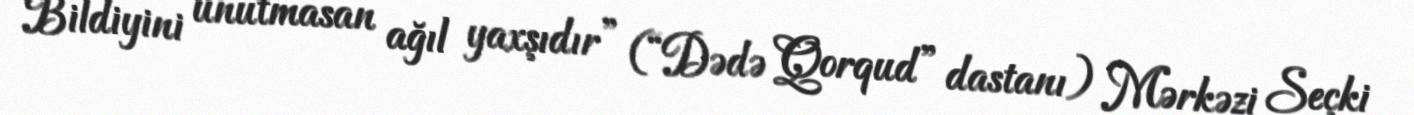
Bildiyini unutmasan ağıl yaxşıdır” (“Dədə Qorqud” dastanı) Mərkəzi Seçki